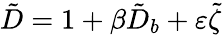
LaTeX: \tilde{D}=1+\beta\tilde{D}_{b}+\varepsilon\tilde{\zeta}